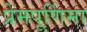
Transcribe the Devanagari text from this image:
प्रेमपूर्णिमा